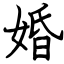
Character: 婚